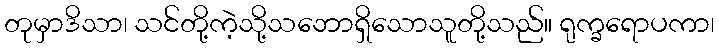
တုမှာဒိသာ၊ သင်တို့ကဲ့သို့သဘောရှိသောသူတို့သည်။ ရုက္ခရောပကာ၊